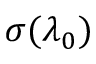
\sigma ( \lambda _ { 0 } )